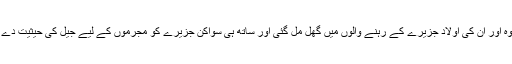
اس طرح وہ اور ان کی اولاد جزیرے کے رہنے والوں میں گھل مل گئی اور ساتھ ہی سواکن جزیرے کو مجرموں کے لیے جیل کی حیثیت دے دی گئی”۔